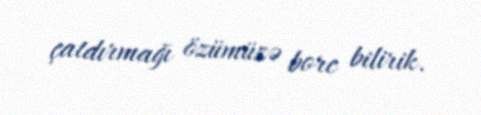
çatdırmağı özümüzə borc bilirik.